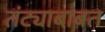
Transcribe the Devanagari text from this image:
तंट्याबाबत